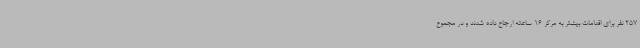
257 نفر برای اقدامات بیشتر به مرکز 16 ساعته ارجاع داده شدند و در مجموع